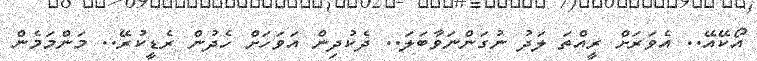
އޯކޭއޭ.. އެވަރަށް ރީއްތަ ލަދު ނުގަންނަވާބަލަ.. ދެކުދިން އަވަހަށް ހެދުން ރެޑީކުރޭ.. މަންމަމެން